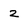
Character: 2